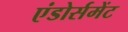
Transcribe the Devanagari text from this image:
एंडोर्समेंट